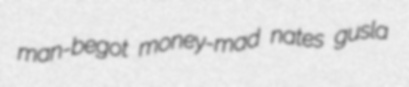
man-begot money-mad nates gusla